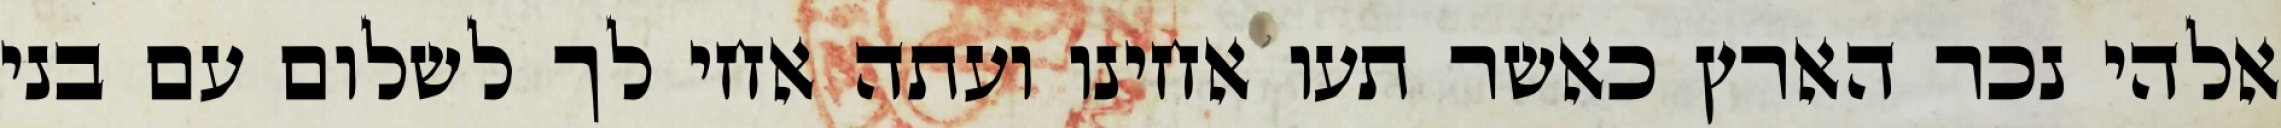
אלהי נכר הארץ כאשר תעו אחינו ועתה אחי לך לשלום עם בני